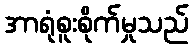
အာရုံစူးစိုက်မှုသည်